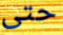
حتى